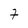
Character: 7